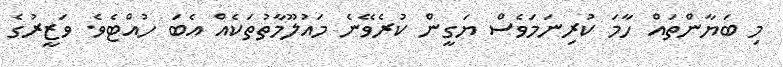
މި ބަޔާންތައް ހާމަ ކުރިނަމަވެސް ޔަގީން ކުރެވޭނެ މައުލޫމާތުތަކެއް އެބަ ހުއްޓެވެ. ވަޒީރުގެ